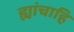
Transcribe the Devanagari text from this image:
ह्यांचाहि